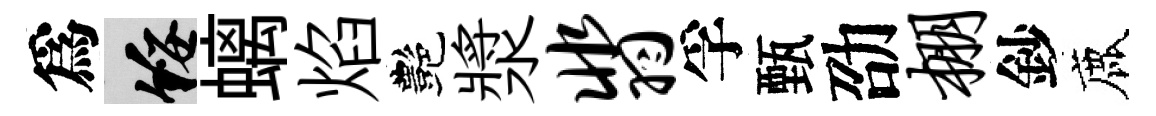
爲綏螭焰艷漿翡孚甄劭棚鈔鹿